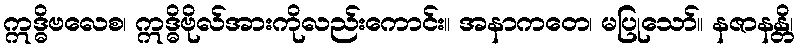
ဣဒ္ဓိဗလေစ၊ ဣဒ္ဓိဗိုလ်အားကိုလည်းကောင်း။ အနာကတေ၊ မပြုသော်။ နဇာနန္တိ၊